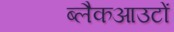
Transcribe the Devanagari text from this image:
ब्लैकआउटों